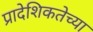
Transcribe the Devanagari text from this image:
प्रादेशिकतेच्या